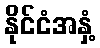
နိုင်ငံအနှံ့